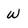
Character: w